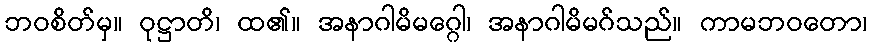
ဘဝစိတ်မှ။ ဝုဋ္ဌာတိ၊ ထ၏။ အနာဂါမိမဂ္ဂေါ၊ အနာဂါမိမဂ်သည်။ ကာမဘဝတော၊